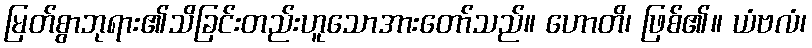
မြတ်စွာဘုရား၏သိခြင်းတည်းဟူသောအားတော်သည်။ ဟောတိ၊ ဖြစ်၏။ ယံဗလံ၊